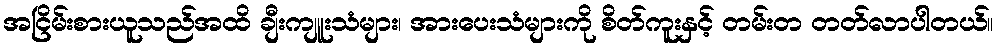
အငြိမ်းစားယူသည်အထိ ချီးကျူးသံများ၊ အားပေးသံများကို စိတ်ကူးနှင့် တမ်းတ တတ်လာပါတယ်။